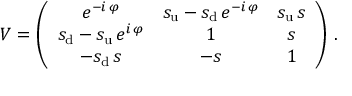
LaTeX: V = \left( \begin{array} { c c c } { { e ^ { - i \, \varphi } } } & { { s _ { \mathrm { u } } - s _ { \mathrm { d } } \, e ^ { - i \, \varphi } } } & { { s _ { \mathrm { u } } \, s } } \\ { { s _ { \mathrm { d } } - s _ { \mathrm { u } } \, e ^ { i \, \varphi } } } & { { 1 } } & { { s } } \\ { { - s _ { \mathrm { d } } \, s } } & { { - s } } & { { 1 } } \end{array} \right) \, .